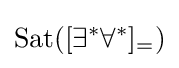
{\rm {{Sat}([\exists ^{*}\forall ^{*}]_{=})}}